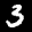
Label: 3